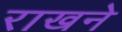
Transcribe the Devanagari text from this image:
राखने